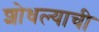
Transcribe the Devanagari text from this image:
शोधल्याची